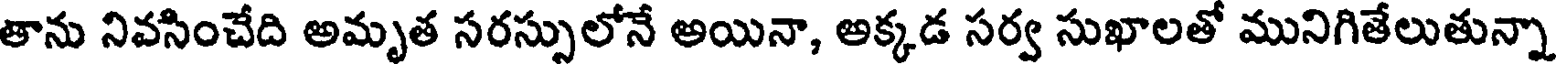
తాను నివసించేది అమృత సరస్సులోనే అయినా, అక్కడ సర్వ సుఖాలతో మునిగితేలుతున్నా